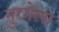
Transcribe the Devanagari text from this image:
नुरमेला